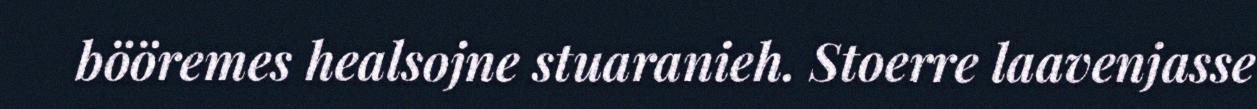
bööremes healsojne stuaranieh. Stoerre laavenjasse